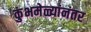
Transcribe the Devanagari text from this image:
कुंभमेळ्यांनंतर